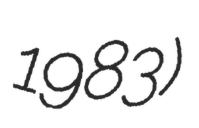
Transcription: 1983)